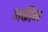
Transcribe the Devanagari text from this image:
अकीम